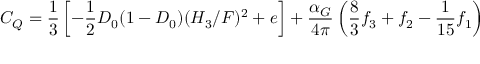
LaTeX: C _ { Q } = { \frac { 1 } { 3 } } \left[ - { \frac { 1 } { 2 } } D _ { 0 } ( 1 - D _ { 0 } ) ( H _ { 3 } / F ) ^ { 2 } + e \right] + { \frac { \alpha _ { G } } { 4 \pi } } \left( { \frac { 8 } { 3 } } f _ { 3 } + f _ { 2 } - { \frac { 1 } { 1 5 } } f _ { 1 } \right)